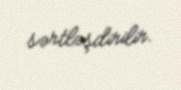
sərtləşdirilir.